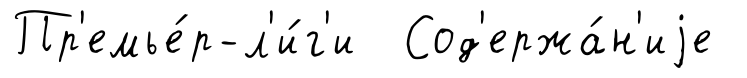
Пр'емье́р-л'и́г'и Сод'ержа́н'иjе